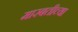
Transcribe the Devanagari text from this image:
मारबतीच्या